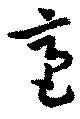
毫